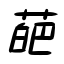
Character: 葩